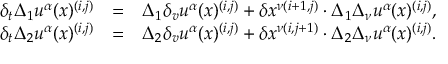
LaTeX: \begin{array} { c r l } { { \delta _ { t } \Delta _ { 1 } u ^ { \alpha } ( x ) ^ { ( i , j ) } } } & { { = } } & { { \Delta _ { 1 } \delta _ { v } u ^ { \alpha } ( x ) ^ { ( i , j ) } + \delta x ^ { \nu ( i + 1 , j ) } \cdot \Delta _ { 1 } \Delta _ { \nu } u ^ { \alpha } ( x ) ^ { ( i , j ) } , } } \\ { { \delta _ { t } \Delta _ { 2 } u ^ { \alpha } ( x ) ^ { ( i , j ) } } } & { { = } } & { { \Delta _ { 2 } \delta _ { v } u ^ { \alpha } ( x ) ^ { ( i , j ) } + \delta x ^ { \nu ( i , j + 1 ) } \cdot \Delta _ { 2 } \Delta _ { \nu } u ^ { \alpha } ( x ) ^ { ( i , j ) } . } } \end{array}